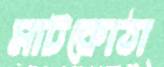
মাটকোঠা